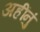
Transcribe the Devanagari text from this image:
अहींनुं